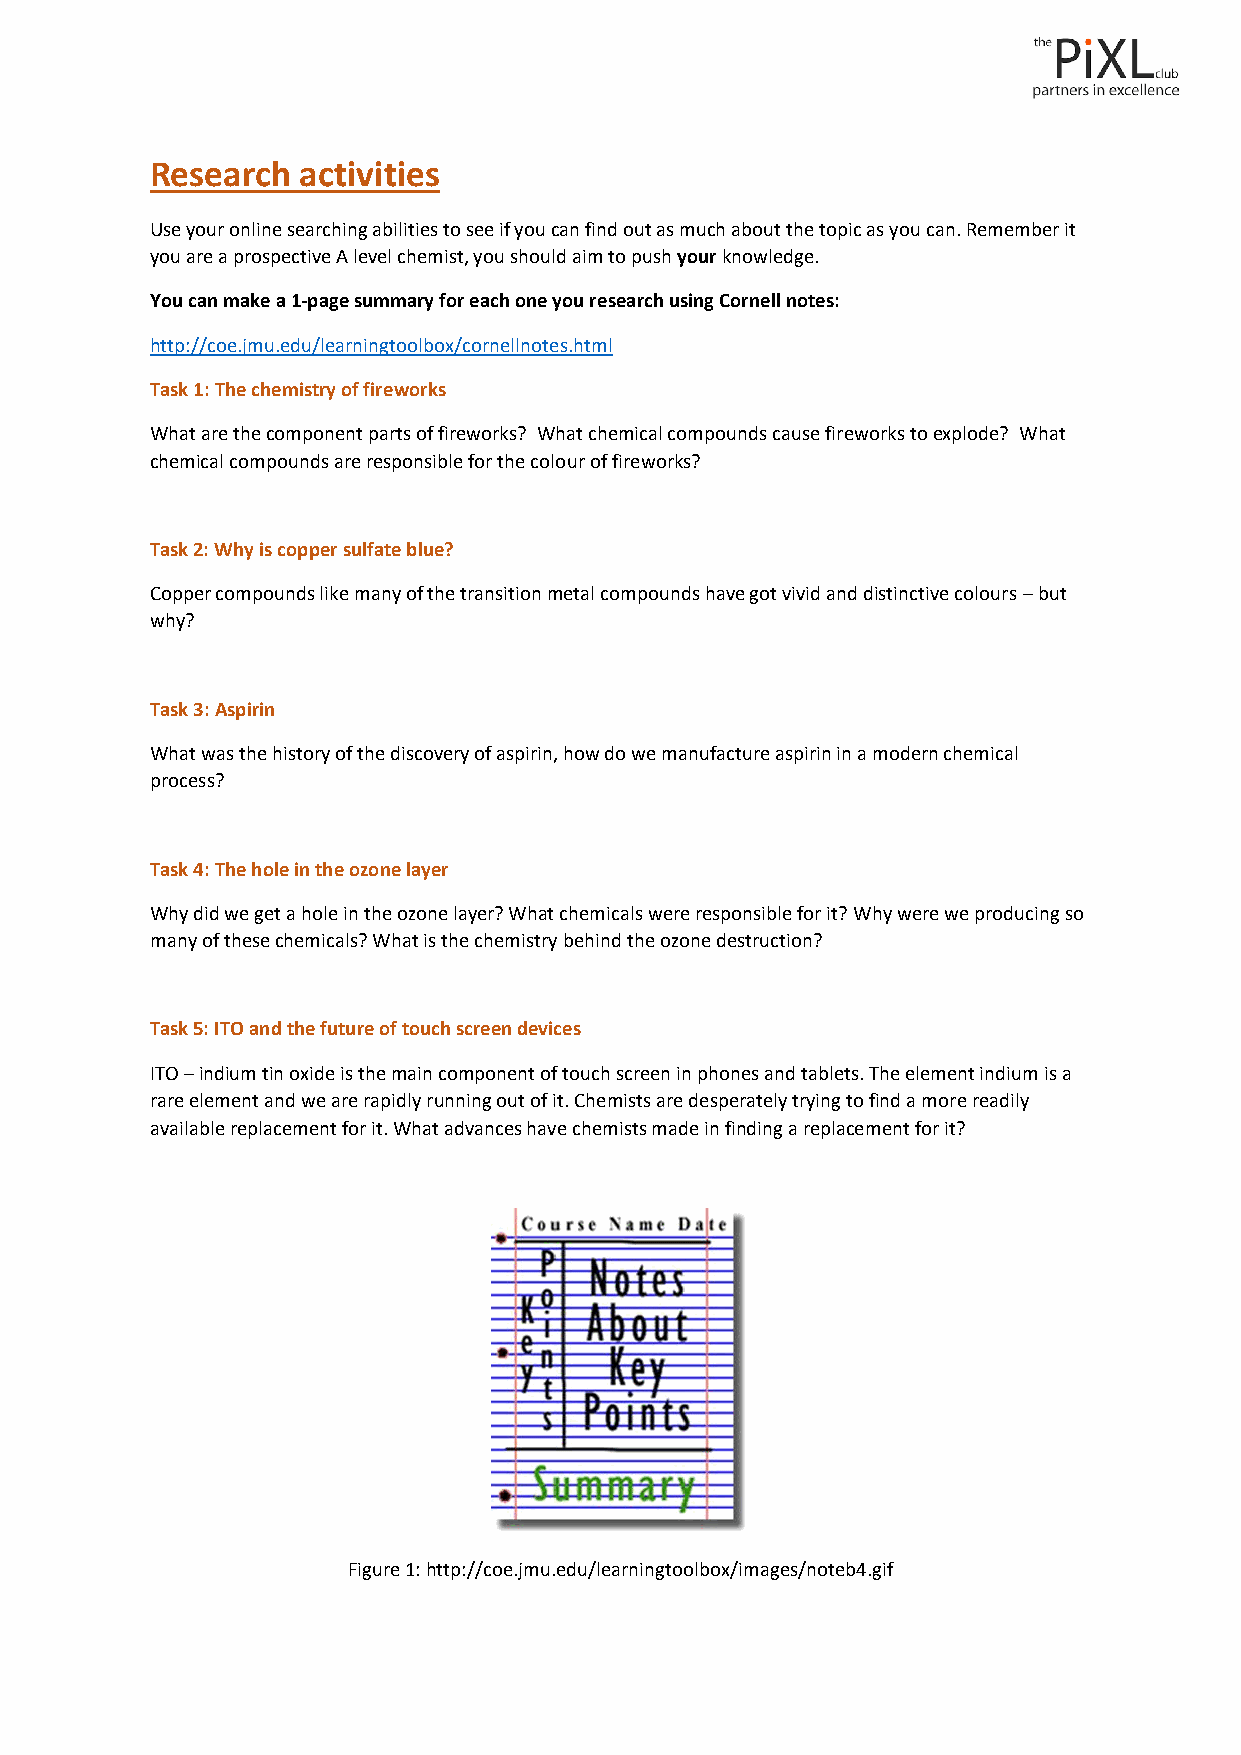
Research  activities
 Use your online searching abilities to see if you can find out as much about the topic as you can. Remember it
 you are a prospective A level chemist, you should aim to push your knowledge.
 You can make a 1-page summary for each one you research using Cornell notes:
 http://coe.jmu.edu/learningtoolbox/cornellnotes.html
 Task 1: The chemistry of fireworks
 What are the component parts of fireworks? What chemical compounds cause fireworks to explode? What
 chemical compounds are responsible for the colour of fireworks?
 Task 2: Why is copper sulfate blue?
 Copper compounds like many of the transition metal compounds have got vivid and distinctive colours – but
 why?
 Task 3: Aspirin
 What was the history of the discovery of aspirin, how do we manufacture aspirin in a modern chemical
 process?
 Task 4: The hole in the ozone layer
 Why did we get a hole in the ozone layer? What chemicals were responsible for it? Why were we producing so
 many of these chemicals? What is the chemistry behind the ozone destruction?
 Task 5: ITO and the future of touch screen devices
 ITO – indium tin oxide is the main component of touch screen in phones and tablets. The element indium is a
 rare element and we are rapidly running out of it. Chemists are desperately trying to find a more readily
 available replacement for it. What advances have chemists made in finding a replacement for it?
 Figure 1: http://coe.jmu.edu/learningtoolbox/images/noteb4.gif